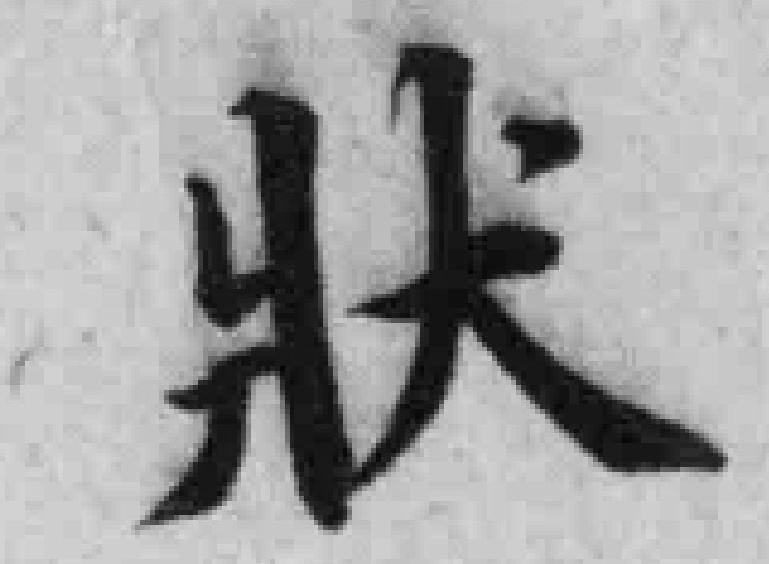
狀